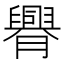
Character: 臖